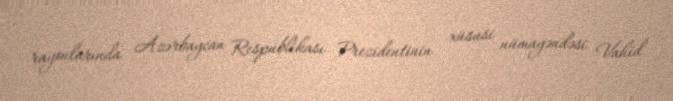
rayonlarında Azərbaycan Respublikası Prezidentinin xüsusi nümayəndəsi Vahid